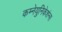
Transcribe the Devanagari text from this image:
कम्नेयुनिकेशंन्स